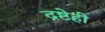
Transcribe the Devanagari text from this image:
द्रष्टेही